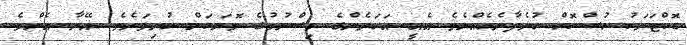
ޑޮކްޓަރަކު ހުސްކޮށް ހުރެދާނެހެއްޔެވެ އެއީ އަހަރެންގެ ވިސްނުމުގެ މޮޔަކަން ހުރިވަރެވެ. އޭނާ އެންމެ